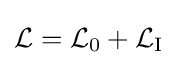
{\mathcal {L}}={\mathcal {L}}_{0}+{\mathcal {L}}_{\mathrm {I} }